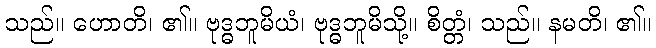
သည်။ ဟောတိ၊ ၏။ ဗုဒ္ဓဘူမိယံ၊ ဗုဒ္ဓဘူမိသို့။ စိတ္တံ၊ သည်။ နမတိ၊ ၏။